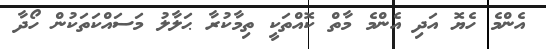
އެންމެ ހެޔޮ އަދި އެންމެ މާތް ކޮއްތަކީ ތިމާކުރާ ޙަލާލު މަސައްކަތަކުން ހޯދާ